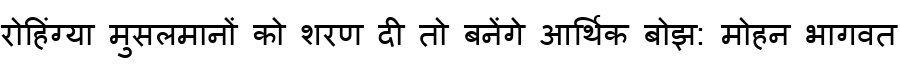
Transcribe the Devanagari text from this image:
रोहिंग्या मुसलमानों को शरण दी तो बनेंगे आर्थिक बोझ: मोहन भागवत